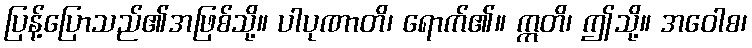
ပြန့်ပြောသည်၏အဖြစ်သို့။ ပါပုဏာတိ၊ ရောက်၏။ ဣတိ၊ ဤသို့။ အဝေါစ၊